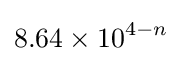
8.64\times 10^{4-n}